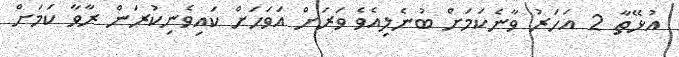
އުޅޭތާ 2 އަހަރު ވާނެކަމަށް ބުނެލިއެވެ ވަރަށް އަވަހަށް ކައިވެނިކުރަން ރާވާ ކަމަށް